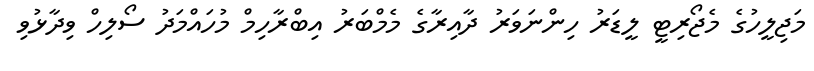
މަޖިލީހުގެ މެޖޯރިޓީ ލީޑަރު ހިންނަވަރު ދާއިރާގެ މެމްބަރު އިބްރާހިމް މުހައްމަދު ސޯލިހް ވިދާޅުވި